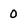
Character: O